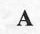
A